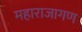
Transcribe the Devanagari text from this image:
महाराजागण